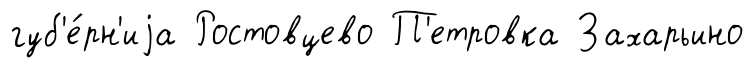
губ'е́рн'иjа Ростовцево П'етровка Захарьино